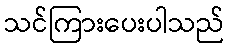
သင်ကြားပေးပါသည်